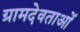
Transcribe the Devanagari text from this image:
ग्रामदेवताओं